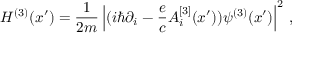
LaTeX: { \cal H } ^ { ( 3 ) } ( x { ' } ) = { \frac { 1 } { 2 m } } \left| ( i \hbar \partial _ { i } - { \frac { e } { c } } A _ { i } ^ { [ 3 ] } ( x { ' } ) ) \psi ^ { ( 3 ) } ( x { ' } ) \right| ^ { 2 } \, ,